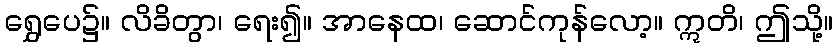
ရွှေပေ၌။ လိခိတွာ၊ ရေး၍။ အာနေထ၊ ဆောင်ကုန်လော့။ ဣတိ၊ ဤသို့။